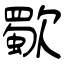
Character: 歜